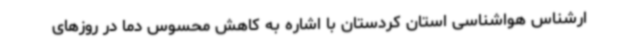
ارشناس هواشناسی استان کردستان با اشاره به کاهش محسوس دما در روزهای